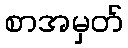
စာအမှတ်